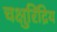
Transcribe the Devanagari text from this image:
चक्षुरिंद्रिय